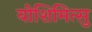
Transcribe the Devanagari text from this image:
योशिमित्सु